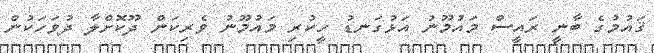
ޤައުމުގެ ބާނީ ރައީސް މައުމޫނު އަޅުގަނޑު ހީކުރި މައުމޫނު ވެރިކަން ދޫކޮށްލާ ދުވަހަކުން